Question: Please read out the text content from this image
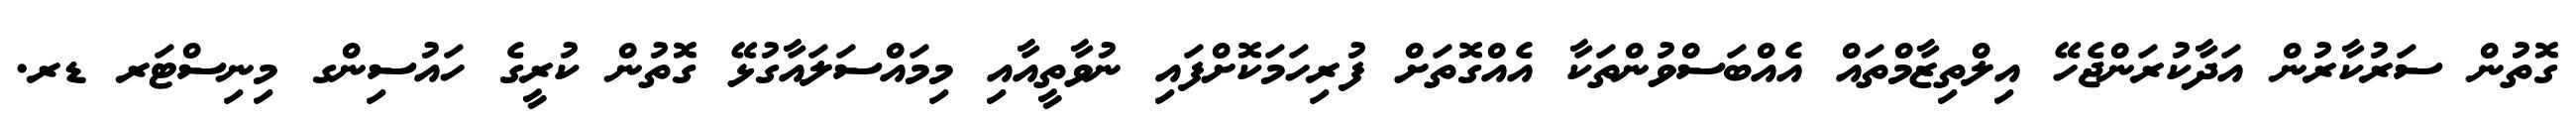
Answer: ގޮތުން ސަރުކާރުން އަދާކުރަންޖެހޭ އިލްތިޒާމްތައް އެއްބަސްވުންތަކާ އެއްގޮތަށް ފުރިހަމަކޮށްފައި ނުވާތީއާއި މިމައްސަލައާގުޅޭ ގޮތުން ކުރީގެ ހައުސިންގ މިނިސްޓަރ ޑރ.